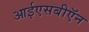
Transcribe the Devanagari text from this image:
आईएसबीऍन